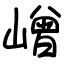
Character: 嶒